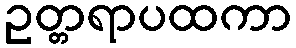
ဥတ္တရာပထကာ